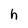
Character: h